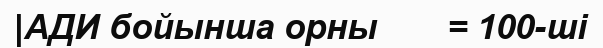
|АДИ бойынша орны       = 100-ші